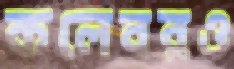
কলেবরও